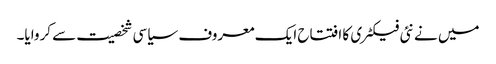
میں نے نئی فیکٹری کا افتتاح ایک معروف سیاسی شخصیت سے کروایا۔